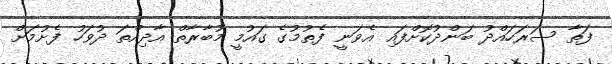
ފަތާ ސަރަހައްދު ބަންދުކޮށްފައި އެވަނީ ފެތުމުގެ ގައުމީ މުބާރާތް އާދިއްތަ ދުވަހު ފެށުމަށް